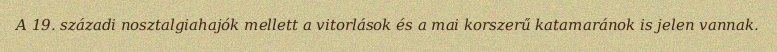
A 19. századi nosztalgiahajók mellett a vitorlások és a mai korszerű katamaránok is jelen vannak.